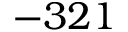
- 3 2 1